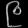
Digit: ၉